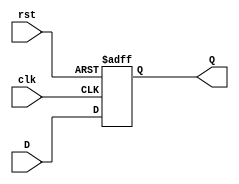
`timescale 1ns / 1ps
//////////////////////////////////////////////////////////////////////////////////
// Company: 
// Engineer: 
// 
// Design Name: 
// Module Name: DUFF
// Project Name: 
// Target Devices: 
// Tool Versions: 
// Description: 
// 
// Dependencies: 
// 
// Revision:
// Revision 0.01 - File Created
// Additional Comments:
// 
//////////////////////////////////////////////////////////////////////////////////
module DUFF(input clk, input rst, input D, output reg Q);
 always @ (posedge clk or posedge rst)
 if (rst)
 Q <= 1'b0;
 else begin
 Q <= D;
 end
endmodule